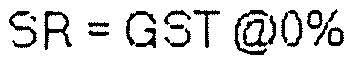
SR = GST @0%